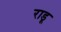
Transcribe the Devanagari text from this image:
राडू